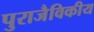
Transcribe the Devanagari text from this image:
पुराजैविकीय